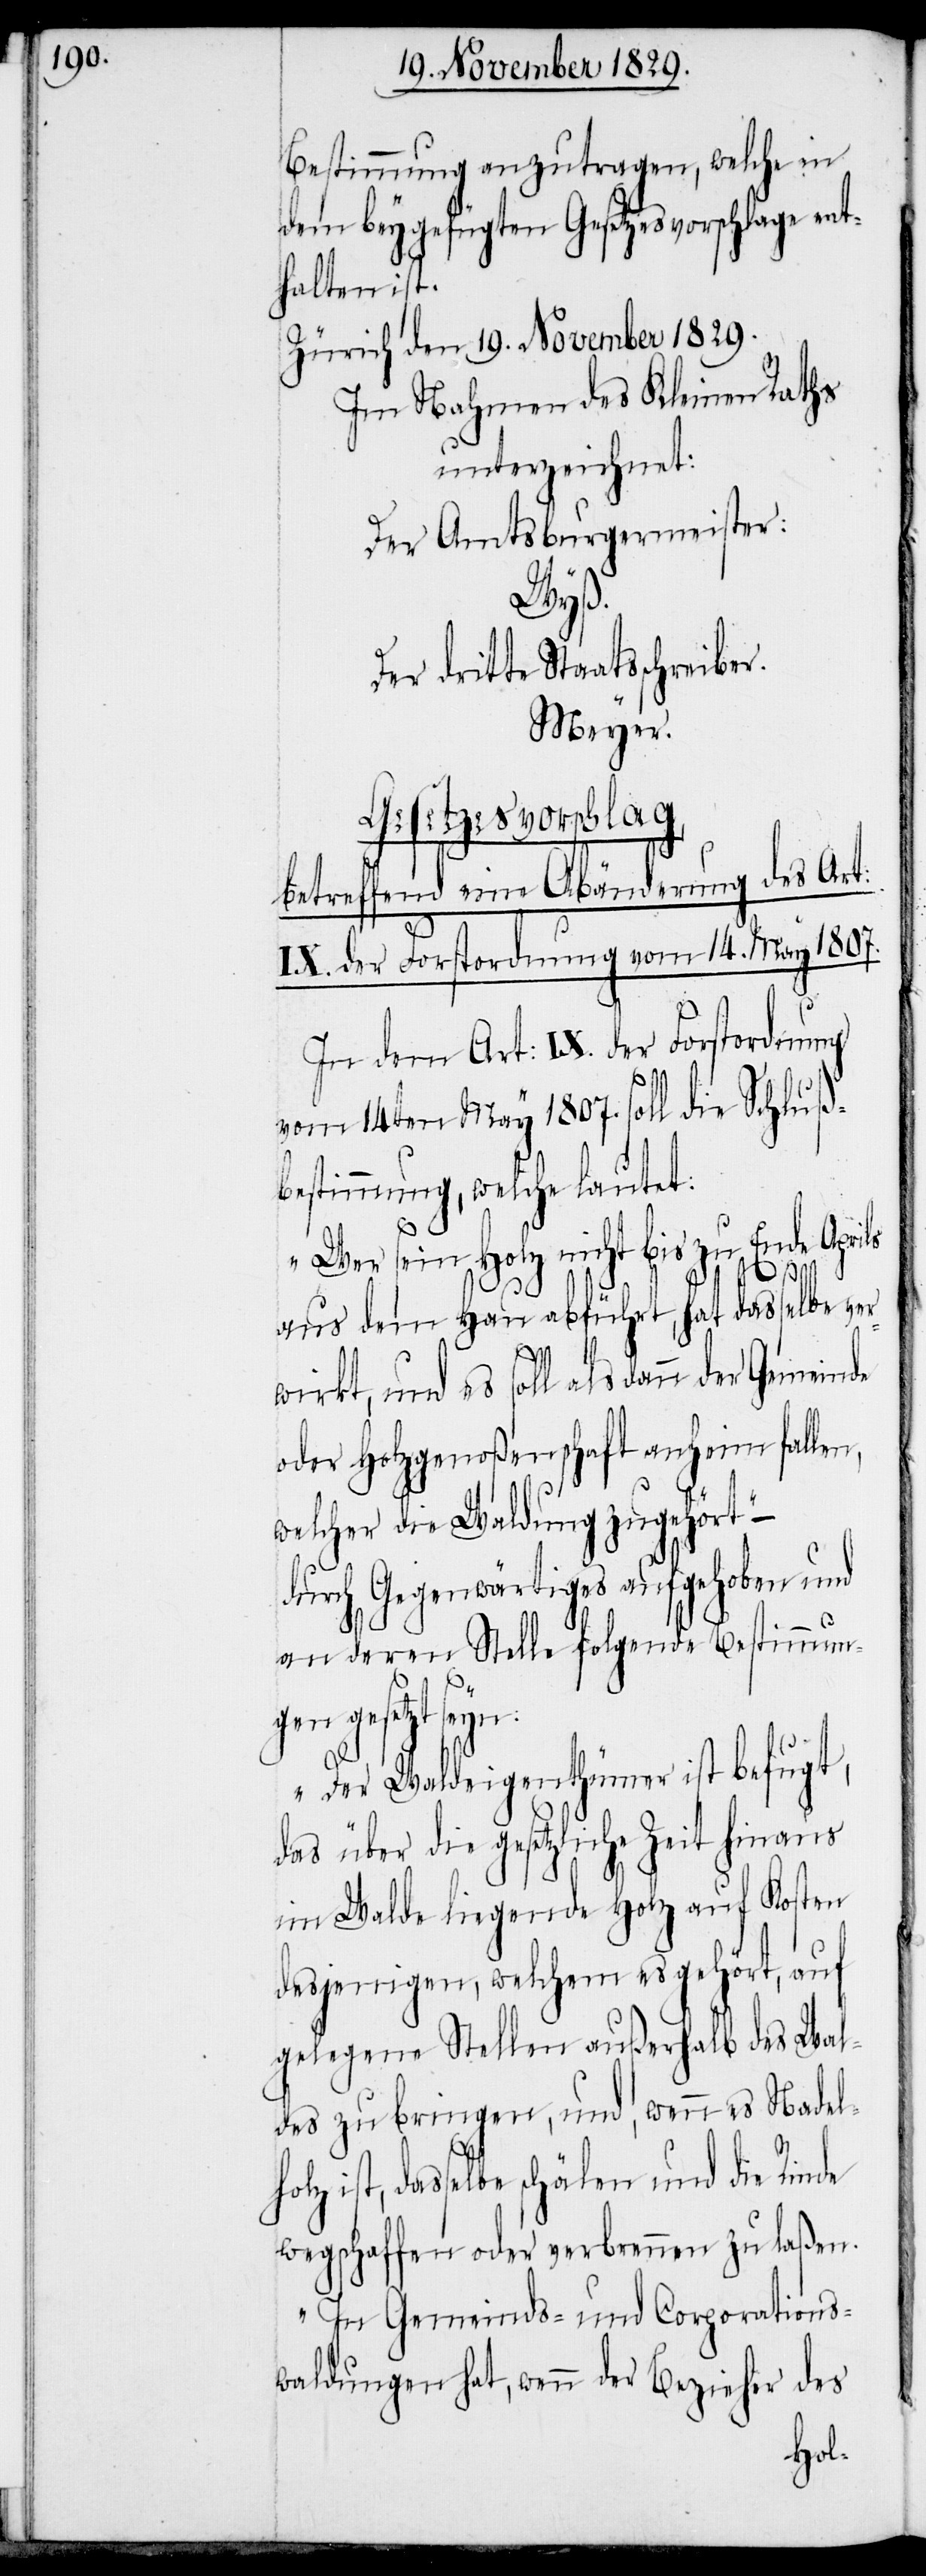
Bestimmung anzutragen, welche in
dem beygefügten Gesetzesvorschlage ent¬
halten ist.
Zürich den 19. November 1829.
Im Nahmen des Kleinen Raths
unterzeichnet:
Der Amtsburgermeister:
das¬
dritte Staatsschreiber.
Meyer.
Gesetzesvorschlag,
des ist,
betreffend eine Abänderung
IX. der Forstordnung vom 14. May 1807.
In dem Art: IX. der Forstordnung
vom 14ten May 1807. soll die Schluß¬
bestimmung, welche lautet:
„Wer sein Holz nicht bis zu Ende Aprils
aus dem Hau abführt, hat dasselbe
oder Holzgenoßenschaft anheimfallen,
welcher die Waldung zugehört“ –
durch Gegenwärtiges aufgehoben und
an deren Stelle folgende Bestimmung
gesetzt seyn:
„Der Waldeigenthümer ist befugt,
das über die gesetzliche Zeit hinaus
im Walde liegende Holz auf Kosten
desjenigen, welchem es gehört, auf
gelegene Stellen außerhalb des Wal¬
selbe schälen und die Rinde
wegschaffen oder verbrennen zu laßen.
„In Gemeinds- und Corporations¬
waldungen hat, wenn der Bezieher des